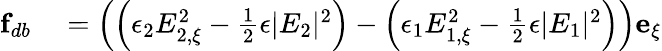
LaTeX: \begin{array}{rl}{\mathbf{f}_{db}}&{{}=\left(\left(\epsilon_{2}E_{2,\xi}^{2}-\frac{1}{2}\epsilon|E_{2}|^{2}\right)-\left(\epsilon_{1}E_{1,\xi}^{2}-\frac{1}{2}\epsilon|E_{1}|^{2}\right)\right)\mathbf{e}_{\xi}}\end{array}